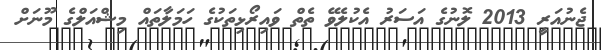
ޖެނުއަރީ 2013 ލޮނުގެ އަސަރު އެކުލެވޭ ތެތް ވައިރޯޅިތަކުގެ ހަމަލާތައް މިޝްއަލްގެ މޫނަށް